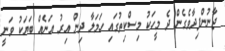
ޖާނުންފިދާވެގެން ދެ މީހަކު މިސްކިތުގައި ހަމަލާ ދިން އިރު އަނެއް ބަޔަކު ވަނީ